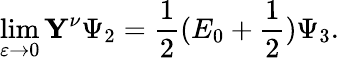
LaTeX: \operatorname*{lim}_{\varepsilon\to 0}\mathbf{Y}^{\nu}\Psi_{2}=\frac{1}{2}(E_{0}+\frac{1}{2})\Psi_{3}.